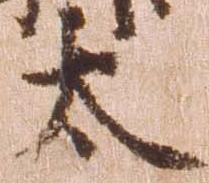
太